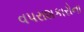
વપરાશકારોના